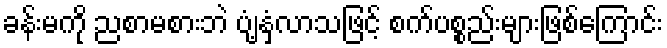
ခန်းမကို ညစာမစားဘဲ ပျံ့နှံ့လာသဖြင့် စက်ပစ္စည်းများဖြစ်ကြောင်း